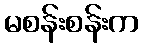
မစန်းစန်းက